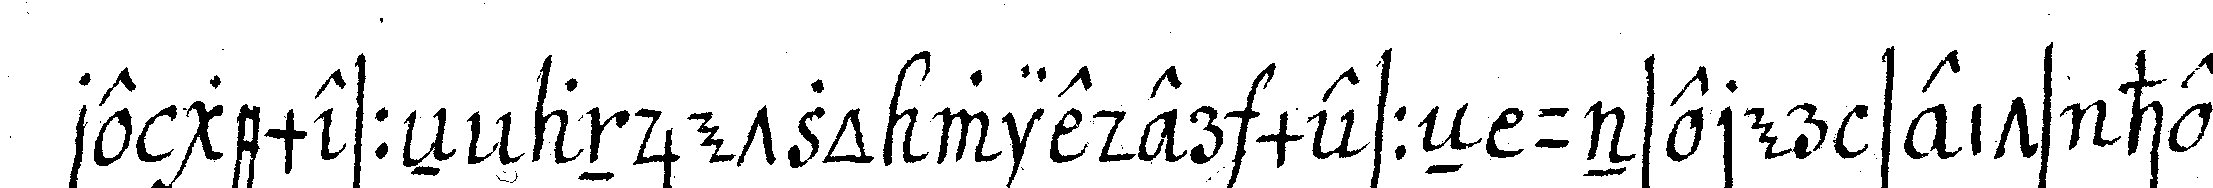
re gemesseN anjetzo wieder messeN unserer seits her